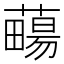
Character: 𧀄